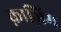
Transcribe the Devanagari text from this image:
क़ाज़िम